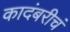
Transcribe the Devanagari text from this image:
कादंबरीचं